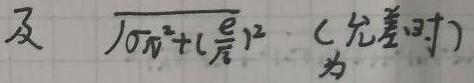
及 $\sqrt{\sigma_{\widehat{n}}^{2}+(\frac{e}{\widehat{n}})^{2}}$ (允差时) 为